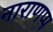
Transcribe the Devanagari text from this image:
नाराणप्प